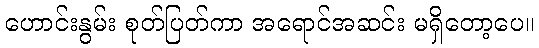
ဟောင်းနွမ်း စုတ်ပြတ်ကာ အရောင်အဆင်း မရှိတော့ပေ။